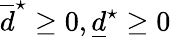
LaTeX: \overline{d}^{\star}\geq 0,\underline{d}^{\star}\geq 0